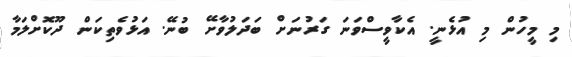
މި މީހުން މި އުޅެނީ. އެކާވީސްވަނަ ގަރުނަށް ބަދަލުވާށޭ ބުނޭ. އަޅުވެތިކަން ދޫކޮށްލަމާ